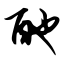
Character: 酏